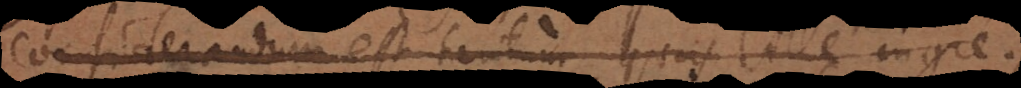
considerandum est tantum quas ille ingre